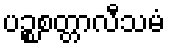
ပဉ္စစတ္တာလီသမံ